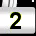
Digit: 2